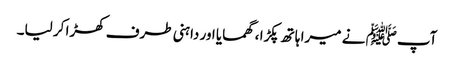
آپﷺ نے میرا ہاتھ پکڑا ، گھمایا اور داہنی طرف کھڑا کر لیا۔